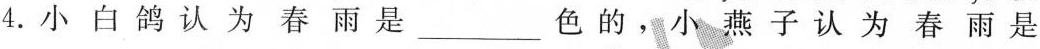
4.小白鸽认为春雨是___色的，小燕子认为春雨是